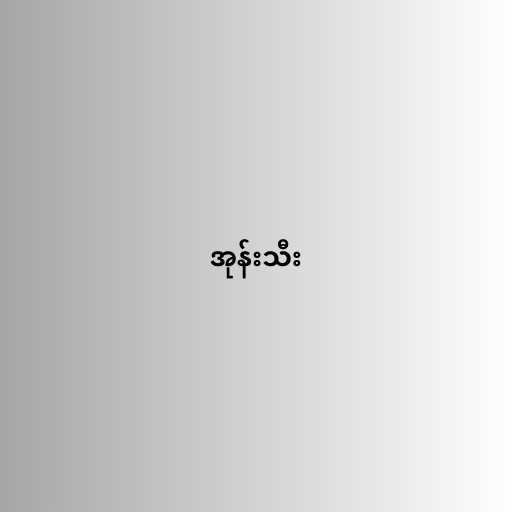
အုန်းသီး